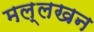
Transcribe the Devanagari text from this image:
मल्लखन